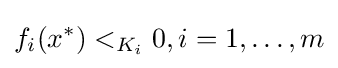
f_{i}(x^{*})<_{K_{i}}0,i=1,\ldots ,m